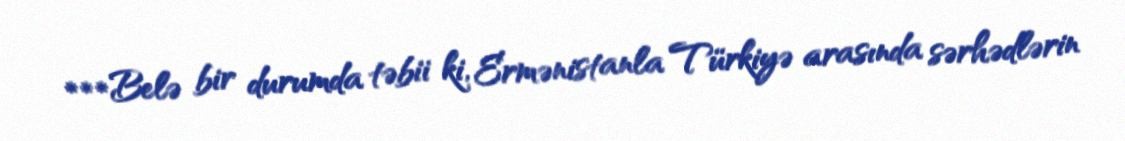
***Belə bir durumda təbii ki, Ermənistanla Türkiyə arasında sərhədlərin